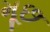
મૂછ